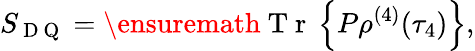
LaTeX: S_{\mathrm{~D~Q~}}=\ensuremath{\mathrm{~T~r~}}\left\{ P\rho^{(4)}(\tau_{4})\right\} ,